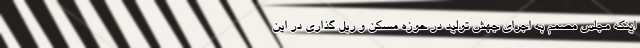
اینکه مجلس مصمم به اجرای جهش تولید در حوزه مسکن و ریل گذاری در این